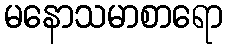
မနောသမာစာရော